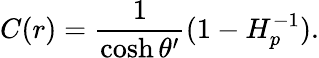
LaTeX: C(r)={\frac{1}{\cosh\theta^{\prime}}}(1-H_{p}^{-1}).